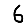
Digit: 6